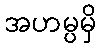
အဟမ္ပမှိ